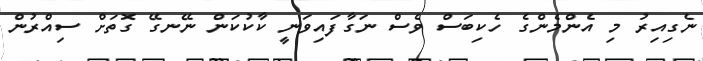
ނެގިއިރު މި އެންމެންގެ ހެކިބަސް ވެސް ނަގާފައިވަނީ ކާކުކަން ނޭނގޭ ގޮތަށް ސިއްރުން